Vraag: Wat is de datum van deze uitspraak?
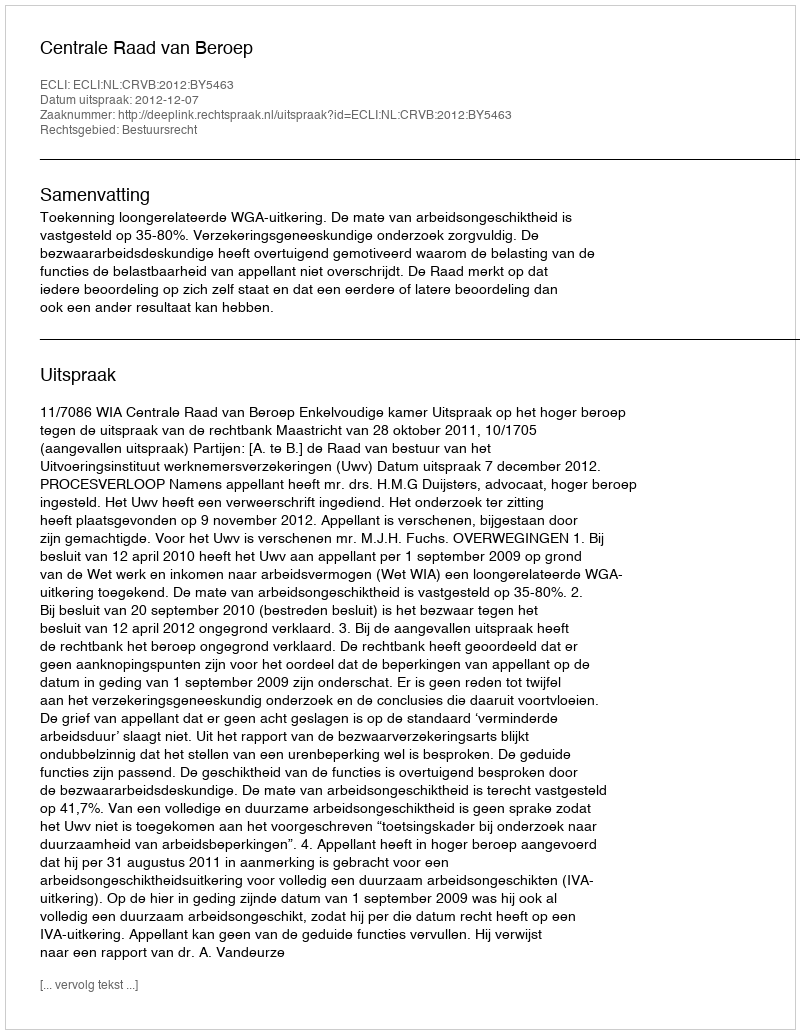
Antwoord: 2012-12-07